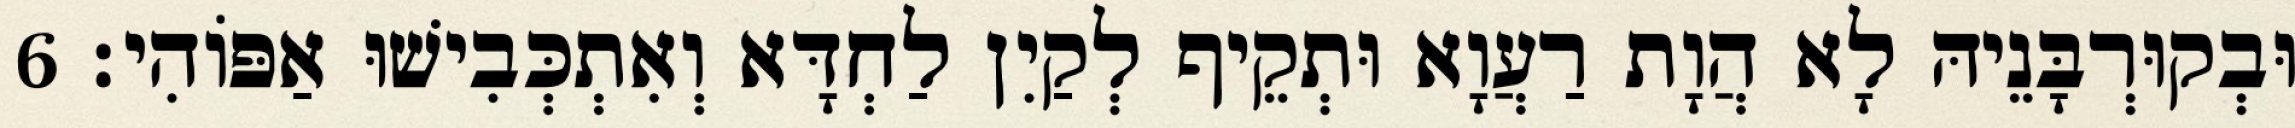
וּבְקוּרְבָּנֵיהּ לָא הֲוָת רַעֲוָא וּתְקֵיף לְקַיִן לַחְדָּא וְאִתְכְּבִישׁוּ אַפּוֹהִי׃ 6